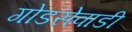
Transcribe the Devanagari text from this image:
गोडसेवाडी